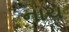
નાચ